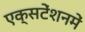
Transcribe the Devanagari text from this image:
एक्सटेंशनमें